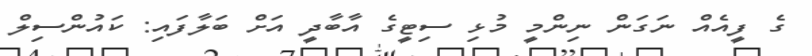
ގެ ފީއެއް ނަގަން ނިންމީ މުޅި ސިޓީގެ އާބާދީ އަށް ބަލާފައި: ކައުންސިލް